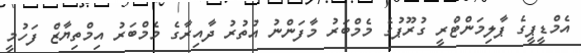
އެމްޑީޕީގެ ޕާލިމަންޓްރީ ގުރޫޕުގެ މެމްބަރު މާފަންނު އުތުރު ދާއިރާގެ މެމްބަރު އިމްތިޔާޒް ފަހުމީ